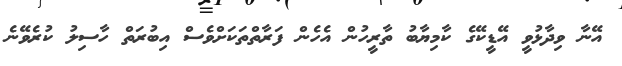
އޭނާ ވިދާޅުވީ އޭޑީކޭގެ ކާމިޔާބު ތާރީހުން އެހެން ފަރާތްތަކަށްވެސް އިބުރަތް ހާސިލު ކުރެވޭނެ